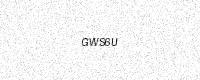
Text: GWS6U